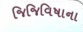
જિજિવિષાના